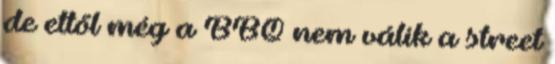
de ettől még a BBQ nem válik a street